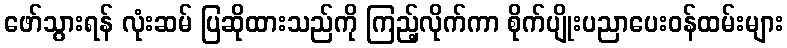
ဖော်သွားရန် လုံးဆမ် ပြဆိုထားသည်ကို ကြည့်လိုက်ကာ စိုက်ပျိုးပညာပေးဝန်ထမ်းများ